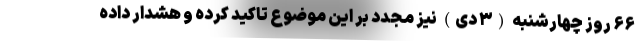
۶۶ روز چهارشنبه (۳ دی) نیز مجدد بر این موضوع تاکید کرده و هشدار داده